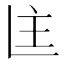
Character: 𬻻